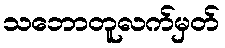
သဘောတူလက်မှတ်